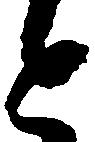
と